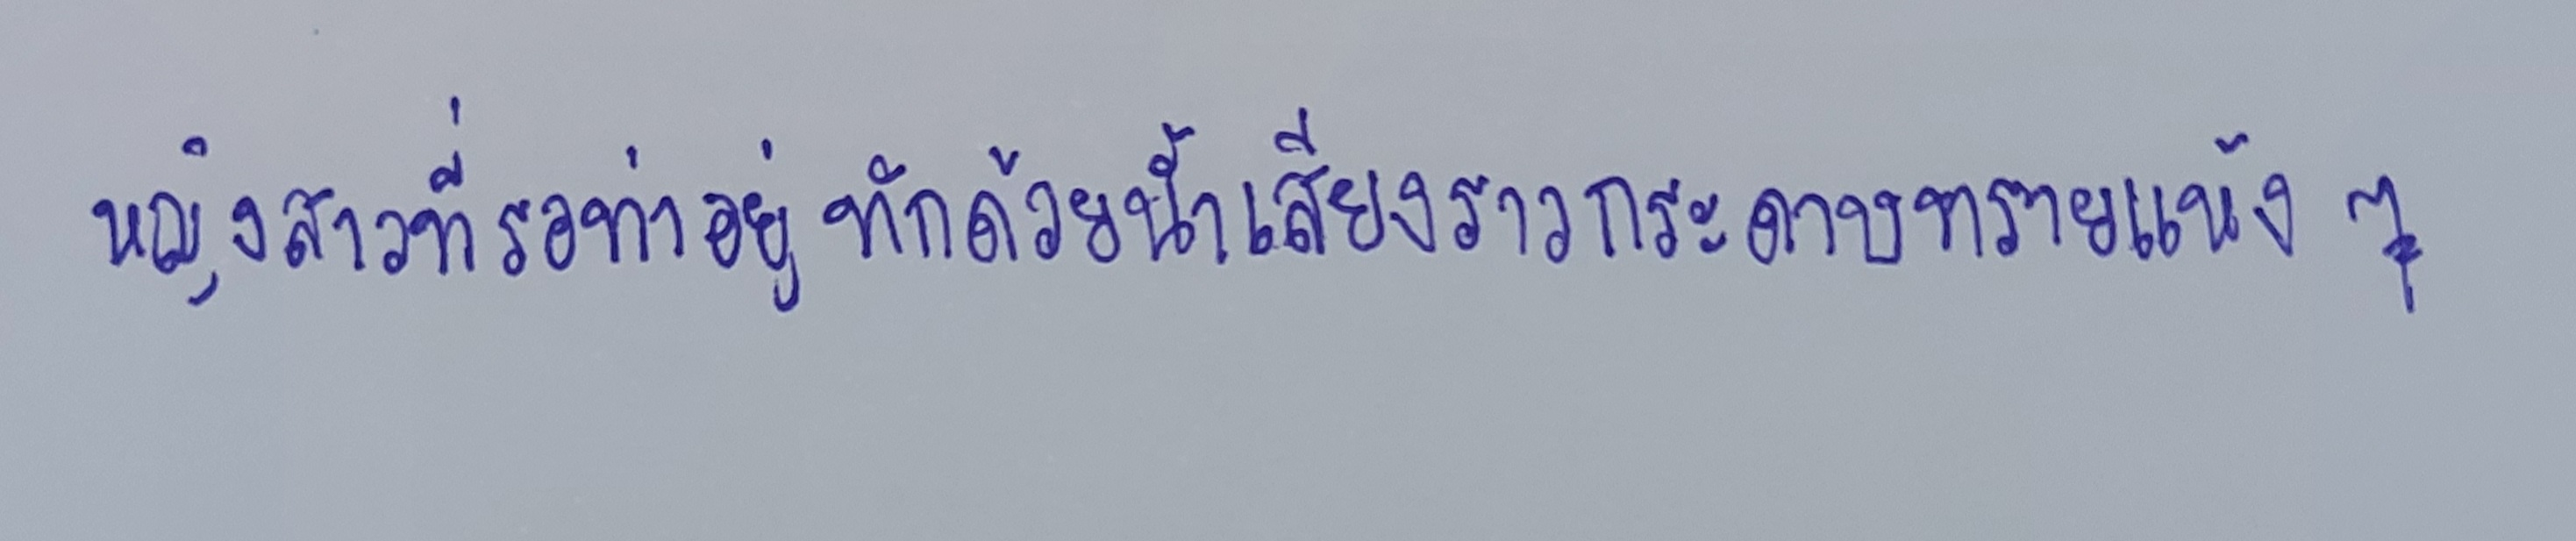
หญิงสาวที่รอท่าอยู่ทักด้วยน้ำเสียงราวกระดาษทรายแห้งๆ